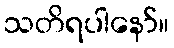
သတိရပါနော်။